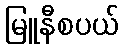
မြူနီစပယ်